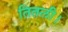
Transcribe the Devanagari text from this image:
तितली।